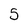
Character: 5